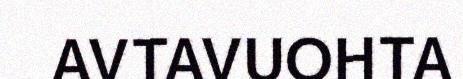
AVTAVUOHTA